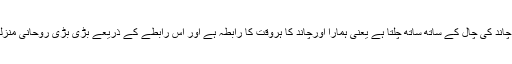
علم النفس کا یہ سلسلہ چاند کی چال کے ساتھ ساتھ چلتا ہے یعنی ہمارا اورچاند کا ہروقت کا رابطہ ہے اور اس رابطے کے ذریعے بڑی بڑی روحانی منزلیں طے کی جاتی ہیں۔